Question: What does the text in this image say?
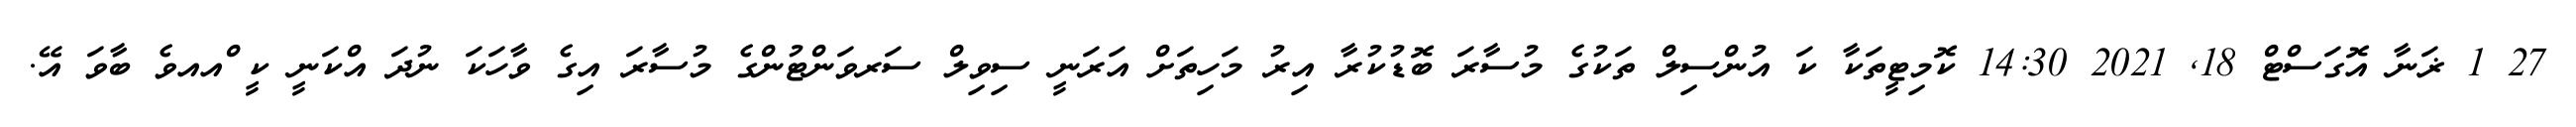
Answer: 27 1 ޜަނާ އޮގަސްޓް 18, 2021 14:30 ކޮމިޓީތަކާ ކަ އުންސިލް ތަކުގެ މުސާރަ ބޮޑުކުރާ އިރު މަހިތަށް އަރަނީ ސިވިލް ސަރވަންޓުންގެ މުސާރަ އިގެ ވާހަކަ ނުދަ އްކަނީ ކީ ްއއވެ ބާވަ އޭ.